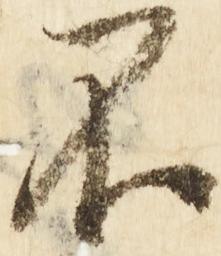
不